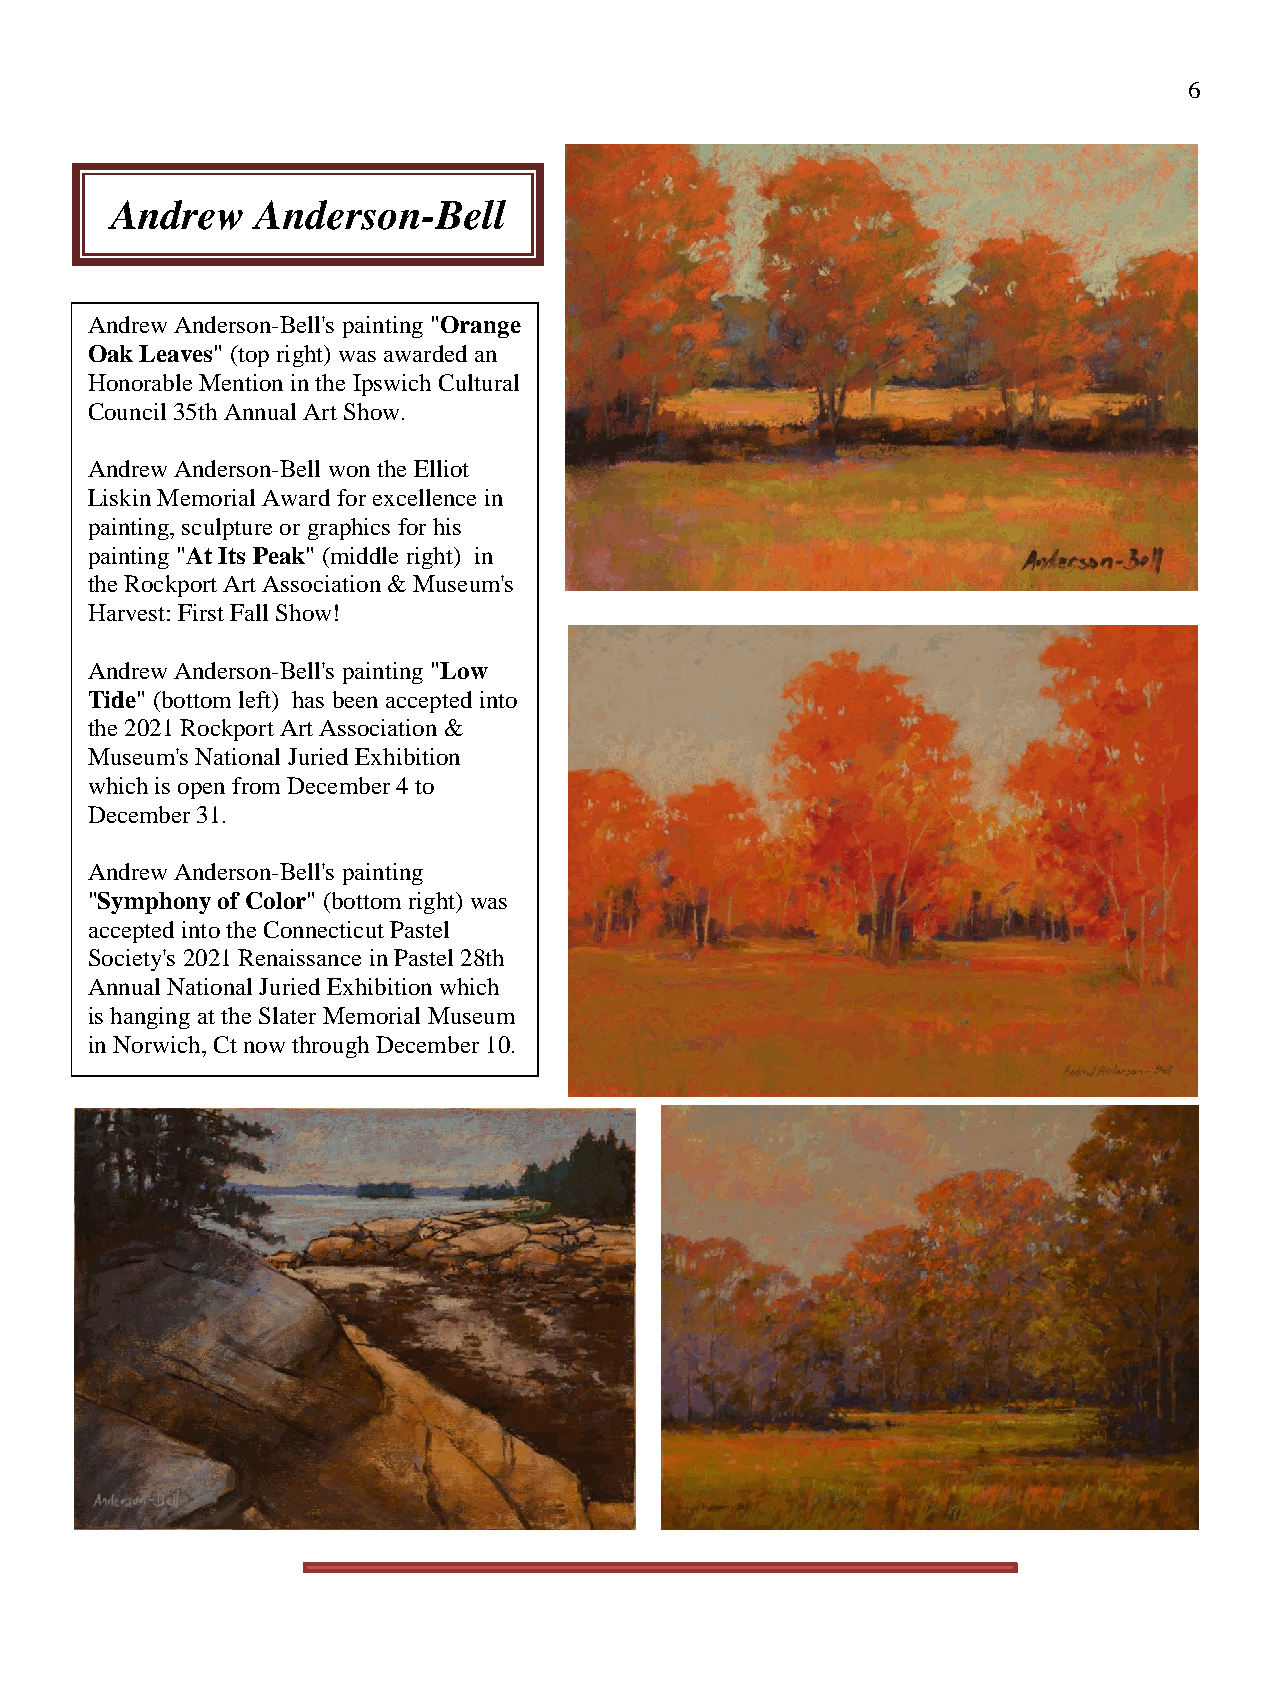
6
 Andrew    Anderson-Bell
 Andrew Anderson-Bell's painting "Orange
 Oak Leaves" (top right) was awarded an
 Honorable Mention in the Ipswich Cultural
 Council 35th Annual Art Show.
 Andrew Anderson-Bell won the Elliot
 Liskin Memorial Award for excellence in
 painting, sculpture or graphics for his
 painting "At Its Peak" (middle right) in
 the Rockport Art Association & Museum's
 Harvest: First Fall Show!
 Andrew Anderson-Bell's painting "Low
 Tide" (bottom left) has been accepted into
 the 2021 Rockport Art Association &
 Museum's National Juried Exhibition
 which is open from December 4 to
 December 31.
 Andrew Anderson-Bell's painting
 "Symphony of Color" (bottom right) was
 accepted into the Connecticut Pastel
 Society's 2021 Renaissance in Pastel 28th
 Annual National Juried Exhibition which
 is hanging at the Slater Memorial Museum
 in Norwich, Ct now through December 10.